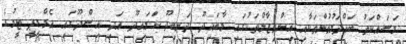
މަސައްކަތު ބައްދަލުވުންތަކާއި އިންތިޒާމްތަކުގައި މާބައިދޫ ދަނބިދޫ ކަލައިދޫ އަދި އިސްދޫގައި އެމްޑީޕީ ޓީމުގެ